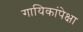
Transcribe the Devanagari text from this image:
गायिकांपेक्षा